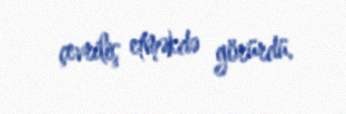
çevriliş etməkdə görürdü.